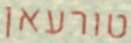
טורעאן